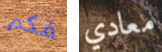
فكم معادي